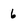
Character: 6